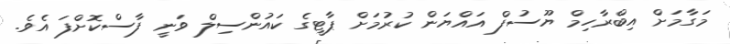
މަގާމަށް އިބްރާހިމް ޔޫސުފް އައްޔަން ކުރުމަށް ޕާޓީގެ ކައުންސިލް ވަނީ ފާސްކޮށްފަ އެވެ.